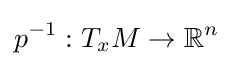
p^{-1}:T_{x}M\to \mathbb {R} ^{n}